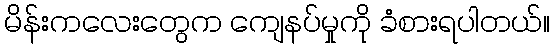
မိန်းကလေးတွေက ကျေနပ်မှုကို ခံစားရပါတယ်။